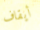
أيقاف